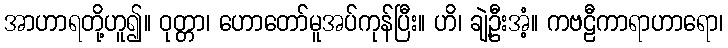
အာဟာရတို့ဟူ၍။ ဝုတ္တာ၊ ဟောတော်မူအပ်ကုန်ပြီး။ ဟိ၊ ချဲ့ဦးအံ့။ ကဗဠီကာရာဟာရော၊